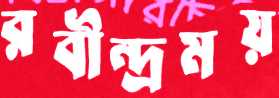
রবীন্দ্রময়